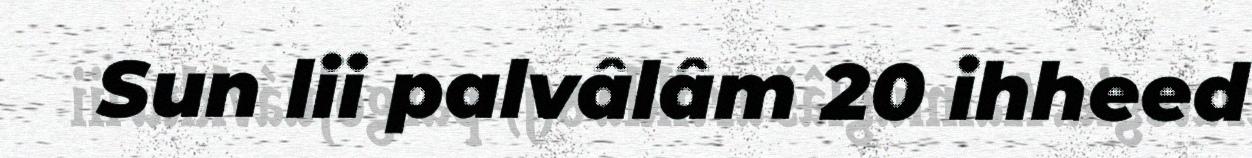
Sun lii palvâlâm 20 ihheed